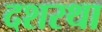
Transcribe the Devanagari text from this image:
दशरथा